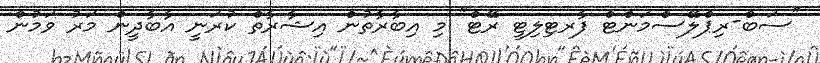
"ސަބް-ރިޕްލޭސްމަންޓް ފާރޓިލިޓީ ރޭޓް" މި އިބާރާތުން އިޝާރާތް ކުރަނީ އާބާދީން މަރު ވަމުން